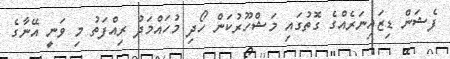
ފެޝަން ޑިޒައިނަރެއްގެ ގޮތުގައި މަޝްހޫރުކަން ހޯދި މުހައްމަދު ރިއްފަތު މި ވަނީ އޭނާގެ